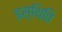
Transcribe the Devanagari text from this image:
इस्थिति